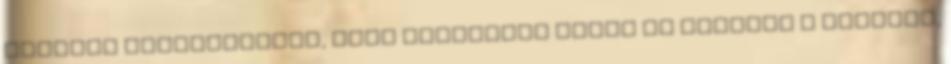
cikkből megtudhatjuk, hogy konkrétan miért is létezik a pukizás,